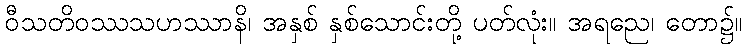
ဝီသတိဝဿသဟဿာနိ၊ အနှစ် နှစ်သောင်းတို့ ပတ်လုံး။ အရညေ၊ တော၌။